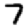
Digit: 7